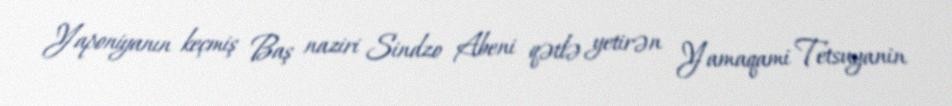
Yaponiyanın keçmiş Baş naziri Sindzo Abeni qətlə yetirən Yamaqami Tetsuyanin